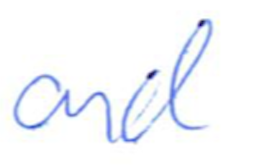
Text: and
Cross-out: clean
Writing tool: ballpoint